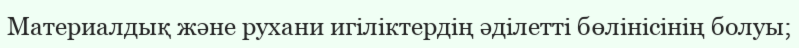
Материалдық және рухани игіліктердің әділетті бөлінісінің болуы;